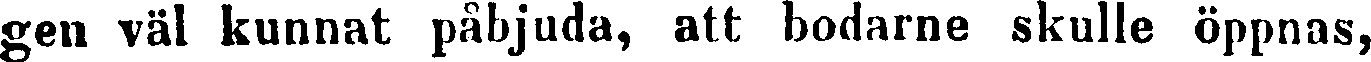
gen väl kunnat påbjuda, att bodarne skulle öppnas,